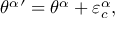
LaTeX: { \theta ^ { \alpha } } { } ^ { \prime } = { \theta ^ { \alpha } } + \varepsilon _ { c } ^ { \alpha } ,